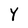
Character: Y